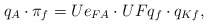
\begin{align*} q_A\cdot\pi_f=Ue_{FA}\cdot UFq_f\cdot q_{Kf}, \end{align*}